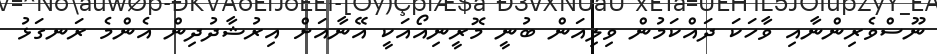
ނޫސްވެރިންނާއި ވާހަކަ ދައްކަމުން ވިލިއަން ބުނީ މޮރީނިއޯއަކީ އޭނާއަށް އިރުޝާދުދިން އެންމެ ރަނގަޅު